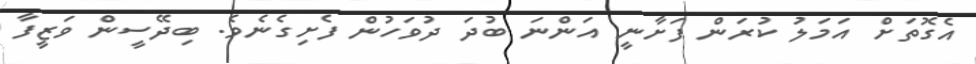
އެގޮތަށް އަމަލު ކުރަން ފަށާނީ އަންނަ ބުދަ ދުވަހުން ފެށިގެނެވެ. ބިދޭސީން ވަޒީފާ